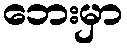
ဘေးမှာ